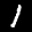
Label: 1